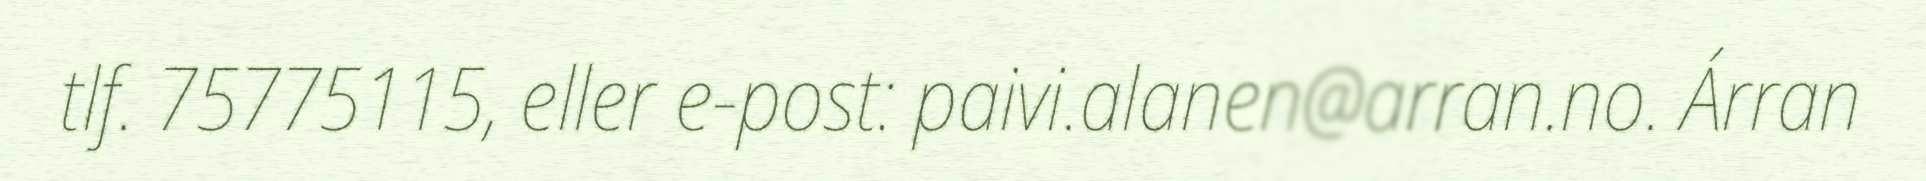
tlf. 75775115, eller e-post: paivi.alanen@arran.no. Árran